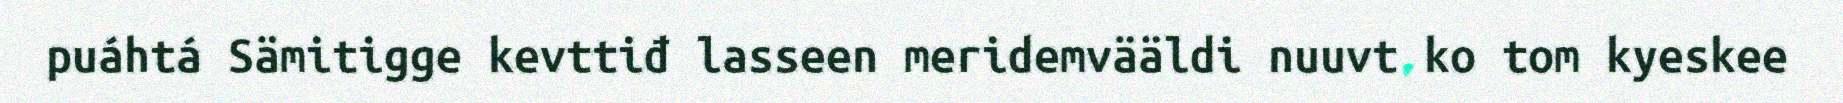
puáhtá Sämitigge kevttiđ lasseen meridemvääldi nuuvt ko tom kyeskee